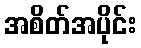
အစိတ်အပိုင်း